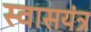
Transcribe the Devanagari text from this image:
स्वासयंत्र